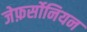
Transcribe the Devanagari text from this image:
जेफ़र्सोनियन